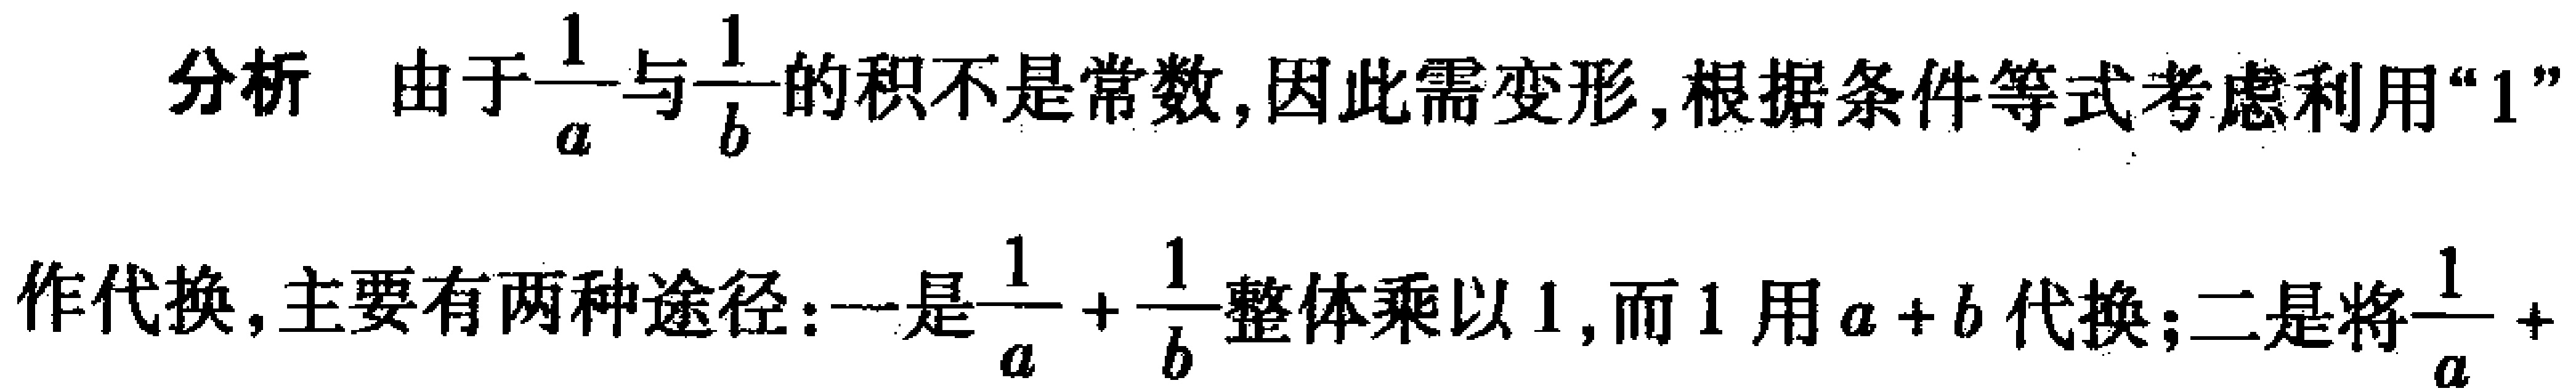
分析 由于$\frac{1}{a}$与$\frac{1}{b}$的积不是常数, 因此需变形, 根据条件等式考虑利用“$1$”

作代换, 主要有两种途径:一是$\frac{1}{a}+\frac{1}{b}$整体乘以$1$, 而$1$用$a + b$代换; 二是将$\frac{1}{a}+$